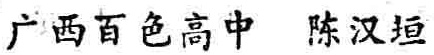
广西百色高中 陈汉垣